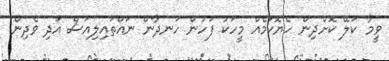
ވީމާ ކަލޭ ކޮށްދިން ހެޔޮކަމެއް މީހަކު ފަހުން ހަނދާން ނައްތައިލިއަސް އަދި ވެދިން